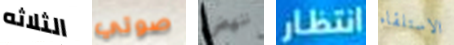
الثلاثه صوتي ننهض انتظار الاستلقاء